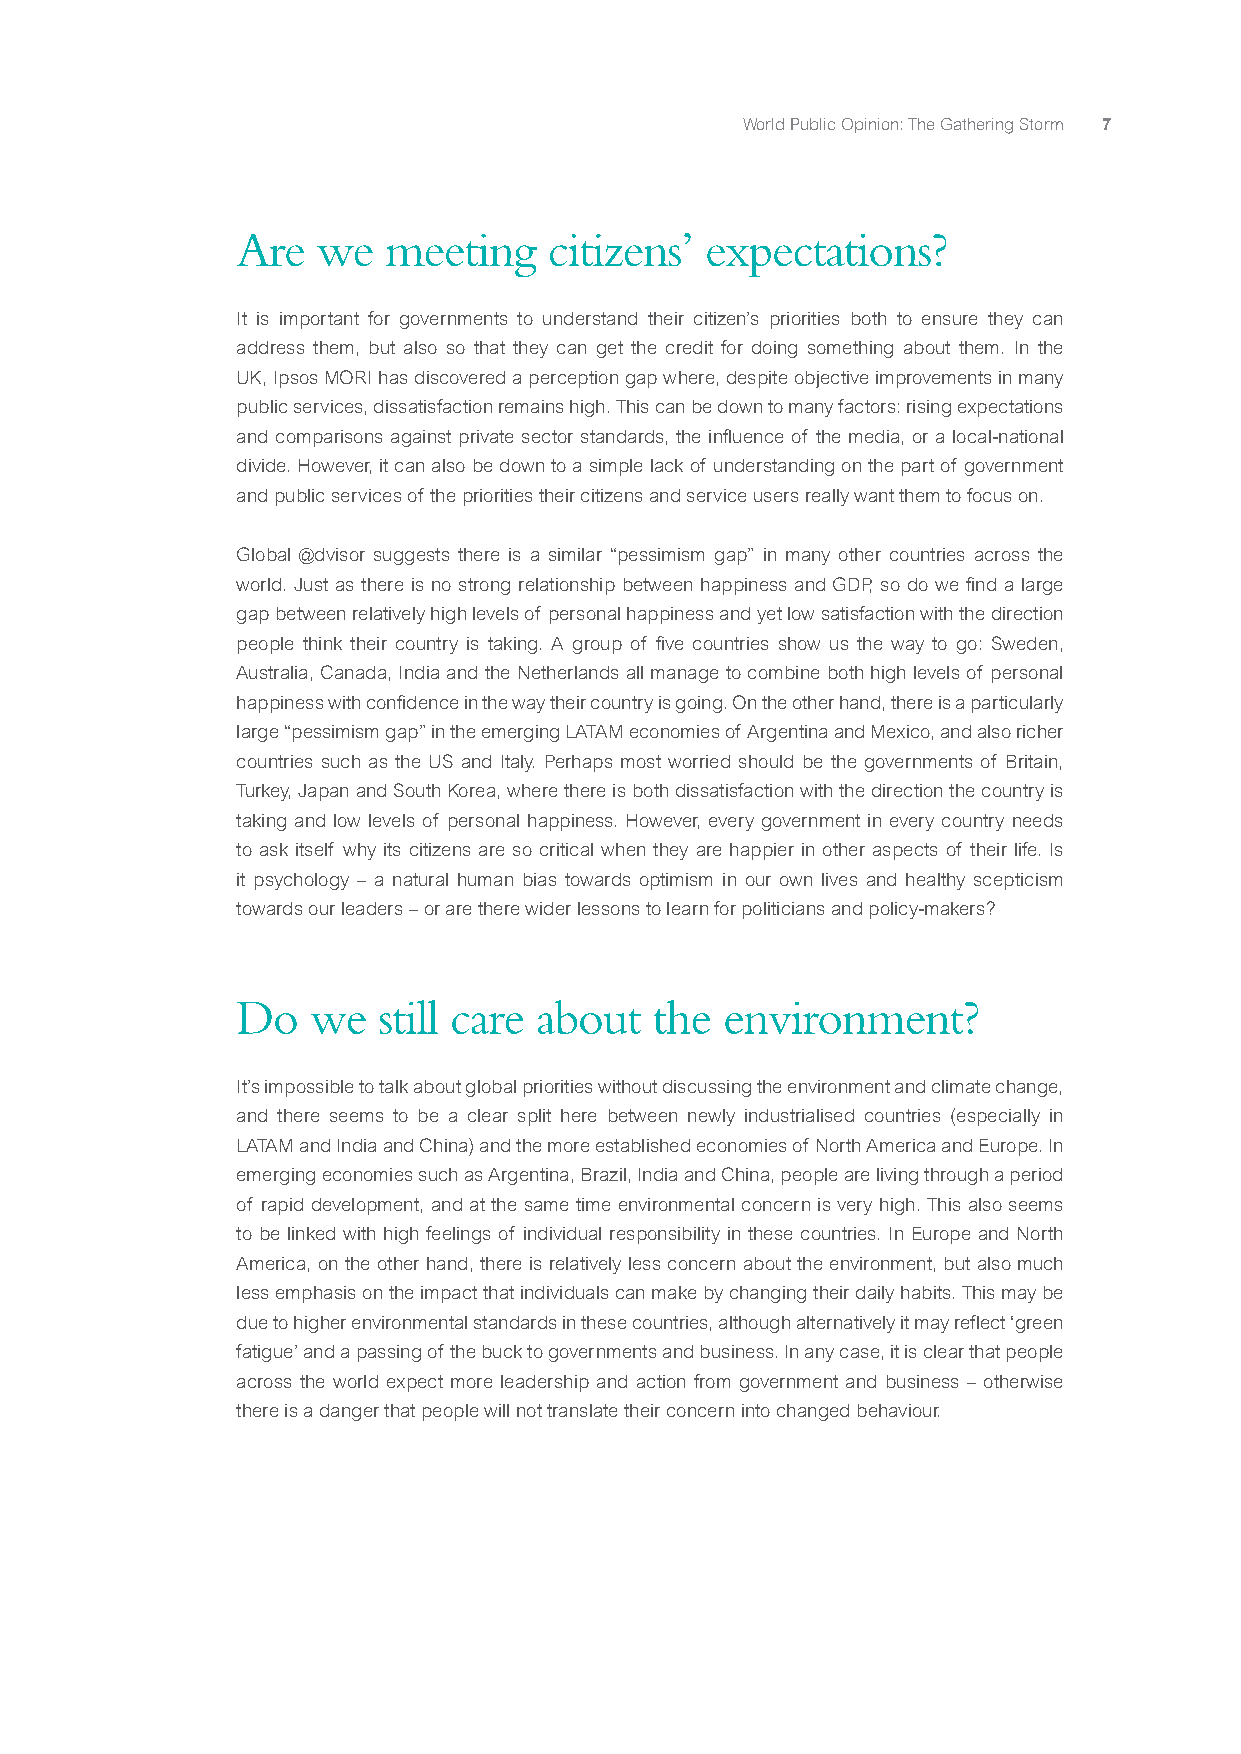
World Public Opinion: The Gathering Storm 7
 Are  we  meeting    citizens’  expectations?
 It is important for governments to understand their citizen’s priorities both to ensure they can
 address them, but also so that they can get the credit for doing something about them. In the
 UK, Ipsos MORI has discovered a perception gap where, despite objective improvements in many
 public services, dissatisfaction remains high. This can be down to many factors: rising expectations
 and comparisons against private sector standards, the influence of the media, or a local-national
 divide. However, it can also be down to a simple lack of understanding on the part of government
 and public services of the priorities their citizens and service users really want them to focus on.
 Global @dvisor suggests there is a similar “pessimism gap” in many other countries across the
 world. Just as there is no strong relationship between happiness and GDP, so do we find a large
 gap between relatively high levels of personal happiness and yet low satisfaction with the direction
 people think their country is taking. A group of five countries show us the way to go: Sweden,
 Australia, Canada, India and the Netherlands all manage to combine both high levels of personal
 happiness with confidence in the way their country is going. On the other hand, there is a particularly
 large “pessimism gap” in the emerging LATAM economies of Argentina and Mexico, and also richer
 countries such as the US and Italy. Perhaps most worried should be the governments of Britain,
 Turkey, Japan and South Korea, where there is both dissatisfaction with the direction the country is
 taking and low levels of personal happiness. However, every government in every country needs
 to ask itself why its citizens are so critical when they are happier in other aspects of their life. Is
 it psychology – a natural human bias towards optimism in our own lives and healthy scepticism
 towards our leaders – or are there wider lessons to learn for politicians and policy-makers?
 Do   we  still care about  the  environment?
 It’s impossible to talk about global priorities without discussing the environment and climate change,
 and there seems to be a clear split here between newly industrialised countries (especially in
 LATAM and India and China) and the more established economies of North America and Europe. In
 emerging economies such as Argentina, Brazil, India and China, people are living through a period
 of rapid development, and at the same time environmental concern is very high. This also seems
 to be linked with high feelings of individual responsibility in these countries. In Europe and North
 America, on the other hand, there is relatively less concern about the environment, but also much
 less emphasis on the impact that individuals can make by changing their daily habits. This may be
 due to higher environmental standards in these countries, although alternatively it may reflect ‘green
 fatigue’ and a passing of the buck to governments and business. In any case, it is clear that people
 across the world expect more leadership and action from government and business – otherwise
 there is a danger that people will not translate their concern into changed behaviour.